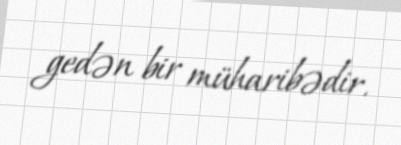
gedən bir müharibədir.